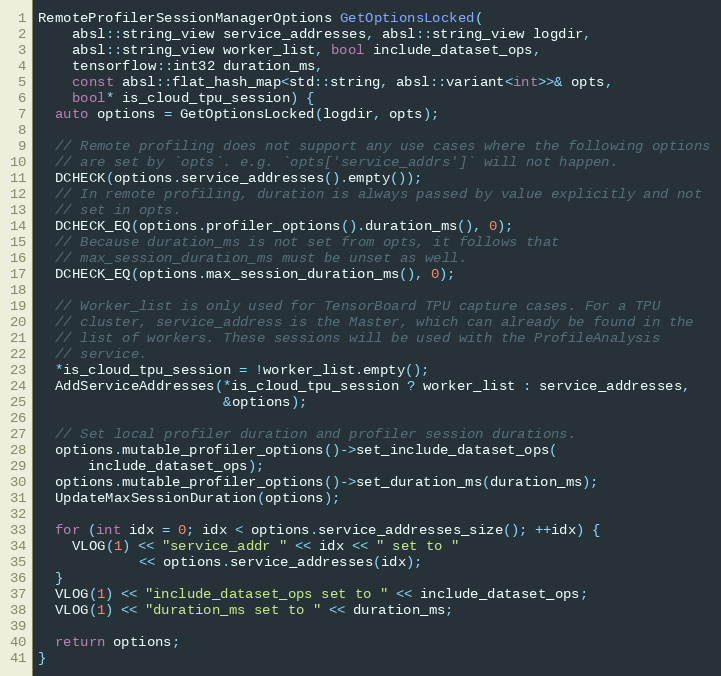
Language: C++
RemoteProfilerSessionManagerOptions GetOptionsLocked(
    absl::string_view service_addresses, absl::string_view logdir,
    absl::string_view worker_list, bool include_dataset_ops,
    tensorflow::int32 duration_ms,
    const absl::flat_hash_map<std::string, absl::variant<int>>& opts,
    bool* is_cloud_tpu_session) {
  auto options = GetOptionsLocked(logdir, opts);

  // Remote profiling does not support any use cases where the following options
  // are set by `opts`. e.g. `opts['service_addrs']` will not happen.
  DCHECK(options.service_addresses().empty());
  // In remote profiling, duration is always passed by value explicitly and not
  // set in opts.
  DCHECK_EQ(options.profiler_options().duration_ms(), 0);
  // Because duration_ms is not set from opts, it follows that
  // max_session_duration_ms must be unset as well.
  DCHECK_EQ(options.max_session_duration_ms(), 0);

  // Worker_list is only used for TensorBoard TPU capture cases. For a TPU
  // cluster, service_address is the Master, which can already be found in the
  // list of workers. These sessions will be used with the ProfileAnalysis
  // service.
  *is_cloud_tpu_session = !worker_list.empty();
  AddServiceAddresses(*is_cloud_tpu_session ? worker_list : service_addresses,
                      &options);

  // Set local profiler duration and profiler session durations.
  options.mutable_profiler_options()->set_include_dataset_ops(
      include_dataset_ops);
  options.mutable_profiler_options()->set_duration_ms(duration_ms);
  UpdateMaxSessionDuration(options);

  for (int idx = 0; idx < options.service_addresses_size(); ++idx) {
    VLOG(1) << "service_addr " << idx << " set to "
            << options.service_addresses(idx);
  }
  VLOG(1) << "include_dataset_ops set to " << include_dataset_ops;
  VLOG(1) << "duration_ms set to " << duration_ms;

  return options;
}